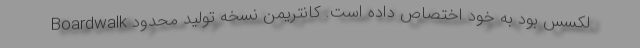
لکسس بود به خود اختصاص داده است. کانتریمن نسخه تولید محدود Boardwalk